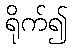
ရိုက်၍